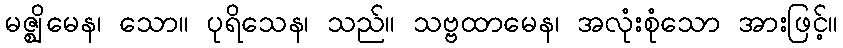
မဇ္ဈိမေန၊ သော။ ပုရိသေန၊ သည်။ သဗ္ဗထာမေန၊ အလုံးစုံသော အားဖြင့်။